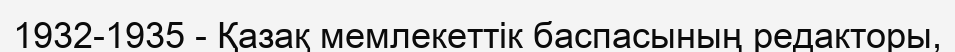
1932-1935 - Қазақ мемлекеттік баспасының редакторы,